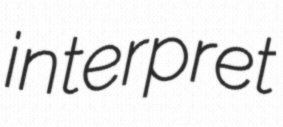
interpret